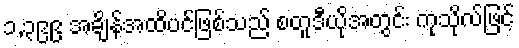
၁,၃၉၉ အချိန်အထိပင်ဖြစ်သည် စတူဒီယိုအတွင်း ကုသိုလ်ဖြင့်